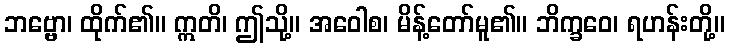
ဘဗ္ဗော၊ ထိုက်၏။ ဣတိ၊ ဤသို့။ အဝေါစ၊ မိန့်တော်မူ၏။ ဘိက္ခဝေ၊ ရဟန်းတို့။